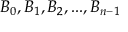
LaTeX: B _ { 0 } , B _ { 1 } , B _ { 2 } , . . . , B _ { n - 1 }